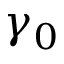
\gamma _ { 0 }